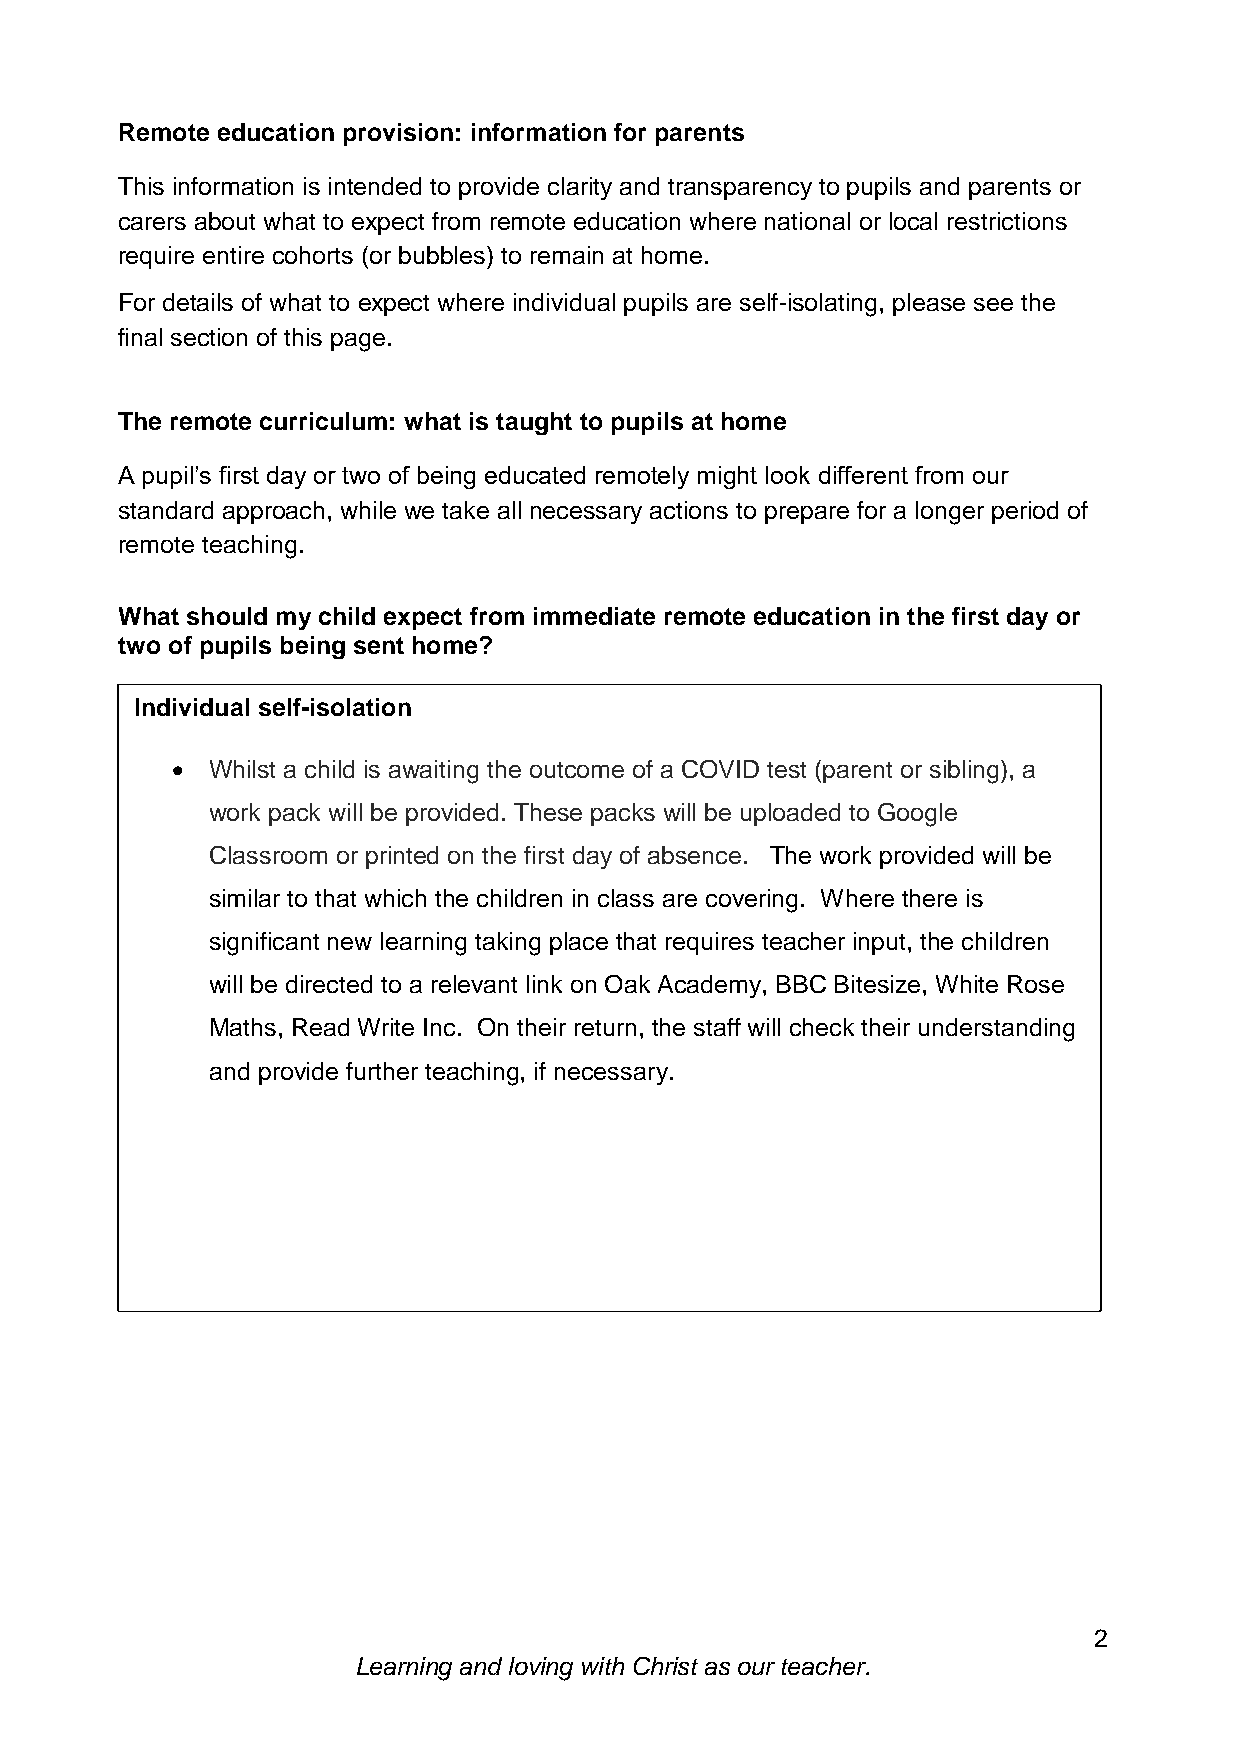
Remote education provision: information for parents
 This information is intended to provide clarity and transparency to pupils and parents or
 carers about what to expect from remote education where national or local restrictions
 require entire cohorts (or bubbles) to remain at home.
 For details of what to expect where individual pupils are self-isolating, please see the
 final section of this page.
 The remote curriculum: what is taught to pupils at home
 A pupil’s first day or two of being educated remotely might look different from our
 standard approach, while we take all necessary actions to prepare for a longer period of
 remote teaching.
 What should my child expect from immediate remote education in the first day or
 two of pupils being sent home?
 Individual self-isolation
   Whilst a child is awaiting the outcome of a COVID test (parent or sibling), a
 work pack will be provided. These packs will be uploaded to Google
 Classroom or printed on the first day of absence. The work provided will be
 similar to that which the children in class are covering. Where there is
 significant new learning taking place that requires teacher input, the children
 will be directed to a relevant link on Oak Academy, BBC Bitesize, White Rose
 Maths, Read Write Inc. On their return, the staff will check their understanding
 and provide further teaching, if necessary.
 2
 Learning and loving with Christ as our teacher.